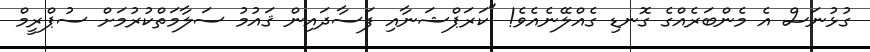
ގުޅުނަސް އެ މެންބަރެއްގެ ގޮނޑި ގެއްލޭނެއެވެ! "ކަރަޕްޝަނާއި ފަސާދައިން ޤައުމު ސަލާމަތްކުރުމަށް ސުޕްރީމް